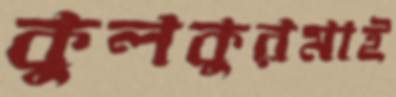
কুলকুরমাই